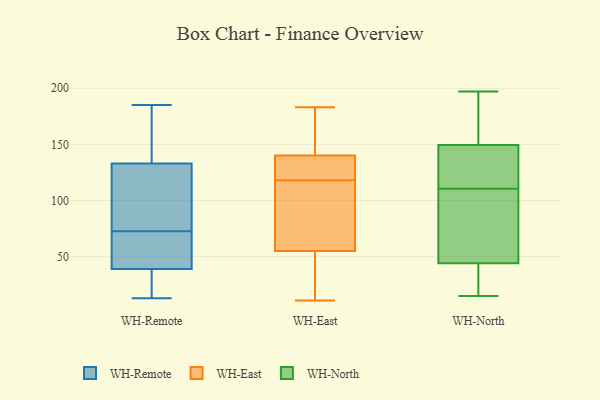
{"axis": {"x": "Active Users", "y": "Value"}, "legend": ["WH-East", "WH-North", "WH-Remote"], "data": [{"x": "", "y": 14, "type": "WH-Remote"}, {"x": "", "y": 88, "type": "WH-Remote"}, {"x": "", "y": 133, "type": "WH-Remote"}, {"x": "", "y": 32, "type": "WH-Remote"}, {"x": "", "y": 13, "type": "WH-Remote"}, {"x": "", "y": 46, "type": "WH-Remote"}, {"x": "", "y": 57, "type": "WH-Remote"}, {"x": "", "y": 41, "type": "WH-Remote"}, {"x": "", "y": 129, "type": "WH-Remote"}, {"x": "", "y": 95, "type": "WH-Remote"}, {"x": "", "y": 141, "type": "WH-Remote"}, {"x": "", "y": 185, "type": "WH-Remote"}, {"x": "", "y": 146, "type": "WH-Remote"}, {"x": "", "y": 39, "type": "WH-Remote"}, {"x": "", "y": 121, "type": "WH-East"}, {"x": "", "y": 64, "type": "WH-East"}, {"x": "", "y": 137, "type": "WH-East"}, {"x": "", "y": 154, "type": "WH-East"}, {"x": "", "y": 11, "type": "WH-East"}, {"x": "", "y": 140, "type": "WH-East"}, {"x": "", "y": 95, "type": "WH-East"}, {"x": "", "y": 129, "type": "WH-East"}, {"x": "", "y": 139, "type": "WH-East"}, {"x": "", "y": 154, "type": "WH-East"}, {"x": "", "y": 115, "type": "WH-East"}, {"x": "", "y": 54, "type": "WH-East"}, {"x": "", "y": 27, "type": "WH-East"}, {"x": "", "y": 104, "type": "WH-East"}, {"x": "", "y": 55, "type": "WH-East"}, {"x": "", "y": 183, "type": "WH-East"}, {"x": "", "y": 37, "type": "WH-East"}, {"x": "", "y": 172, "type": "WH-East"}, {"x": "", "y": 117, "type": "WH-North"}, {"x": "", "y": 146, "type": "WH-North"}, {"x": "", "y": 15, "type": "WH-North"}, {"x": "", "y": 25, "type": "WH-North"}, {"x": "", "y": 166, "type": "WH-North"}, {"x": "", "y": 150, "type": "WH-North"}, {"x": "", "y": 152, "type": "WH-North"}, {"x": "", "y": 59, "type": "WH-North"}, {"x": "", "y": 104, "type": "WH-North"}, {"x": "", "y": 197, "type": "WH-North"}, {"x": "", "y": 119, "type": "WH-North"}, {"x": "", "y": 65, "type": "WH-North"}, {"x": "", "y": 43, "type": "WH-North"}, {"x": "", "y": 45, "type": "WH-North"}, {"x": "", "y": 149, "type": "WH-North"}, {"x": "", "y": 127, "type": "WH-North"}, {"x": "", "y": 152, "type": "WH-North"}, {"x": "", "y": 31, "type": "WH-North"}, {"x": "", "y": 41, "type": "WH-North"}, {"x": "", "y": 88, "type": "WH-North"}]}